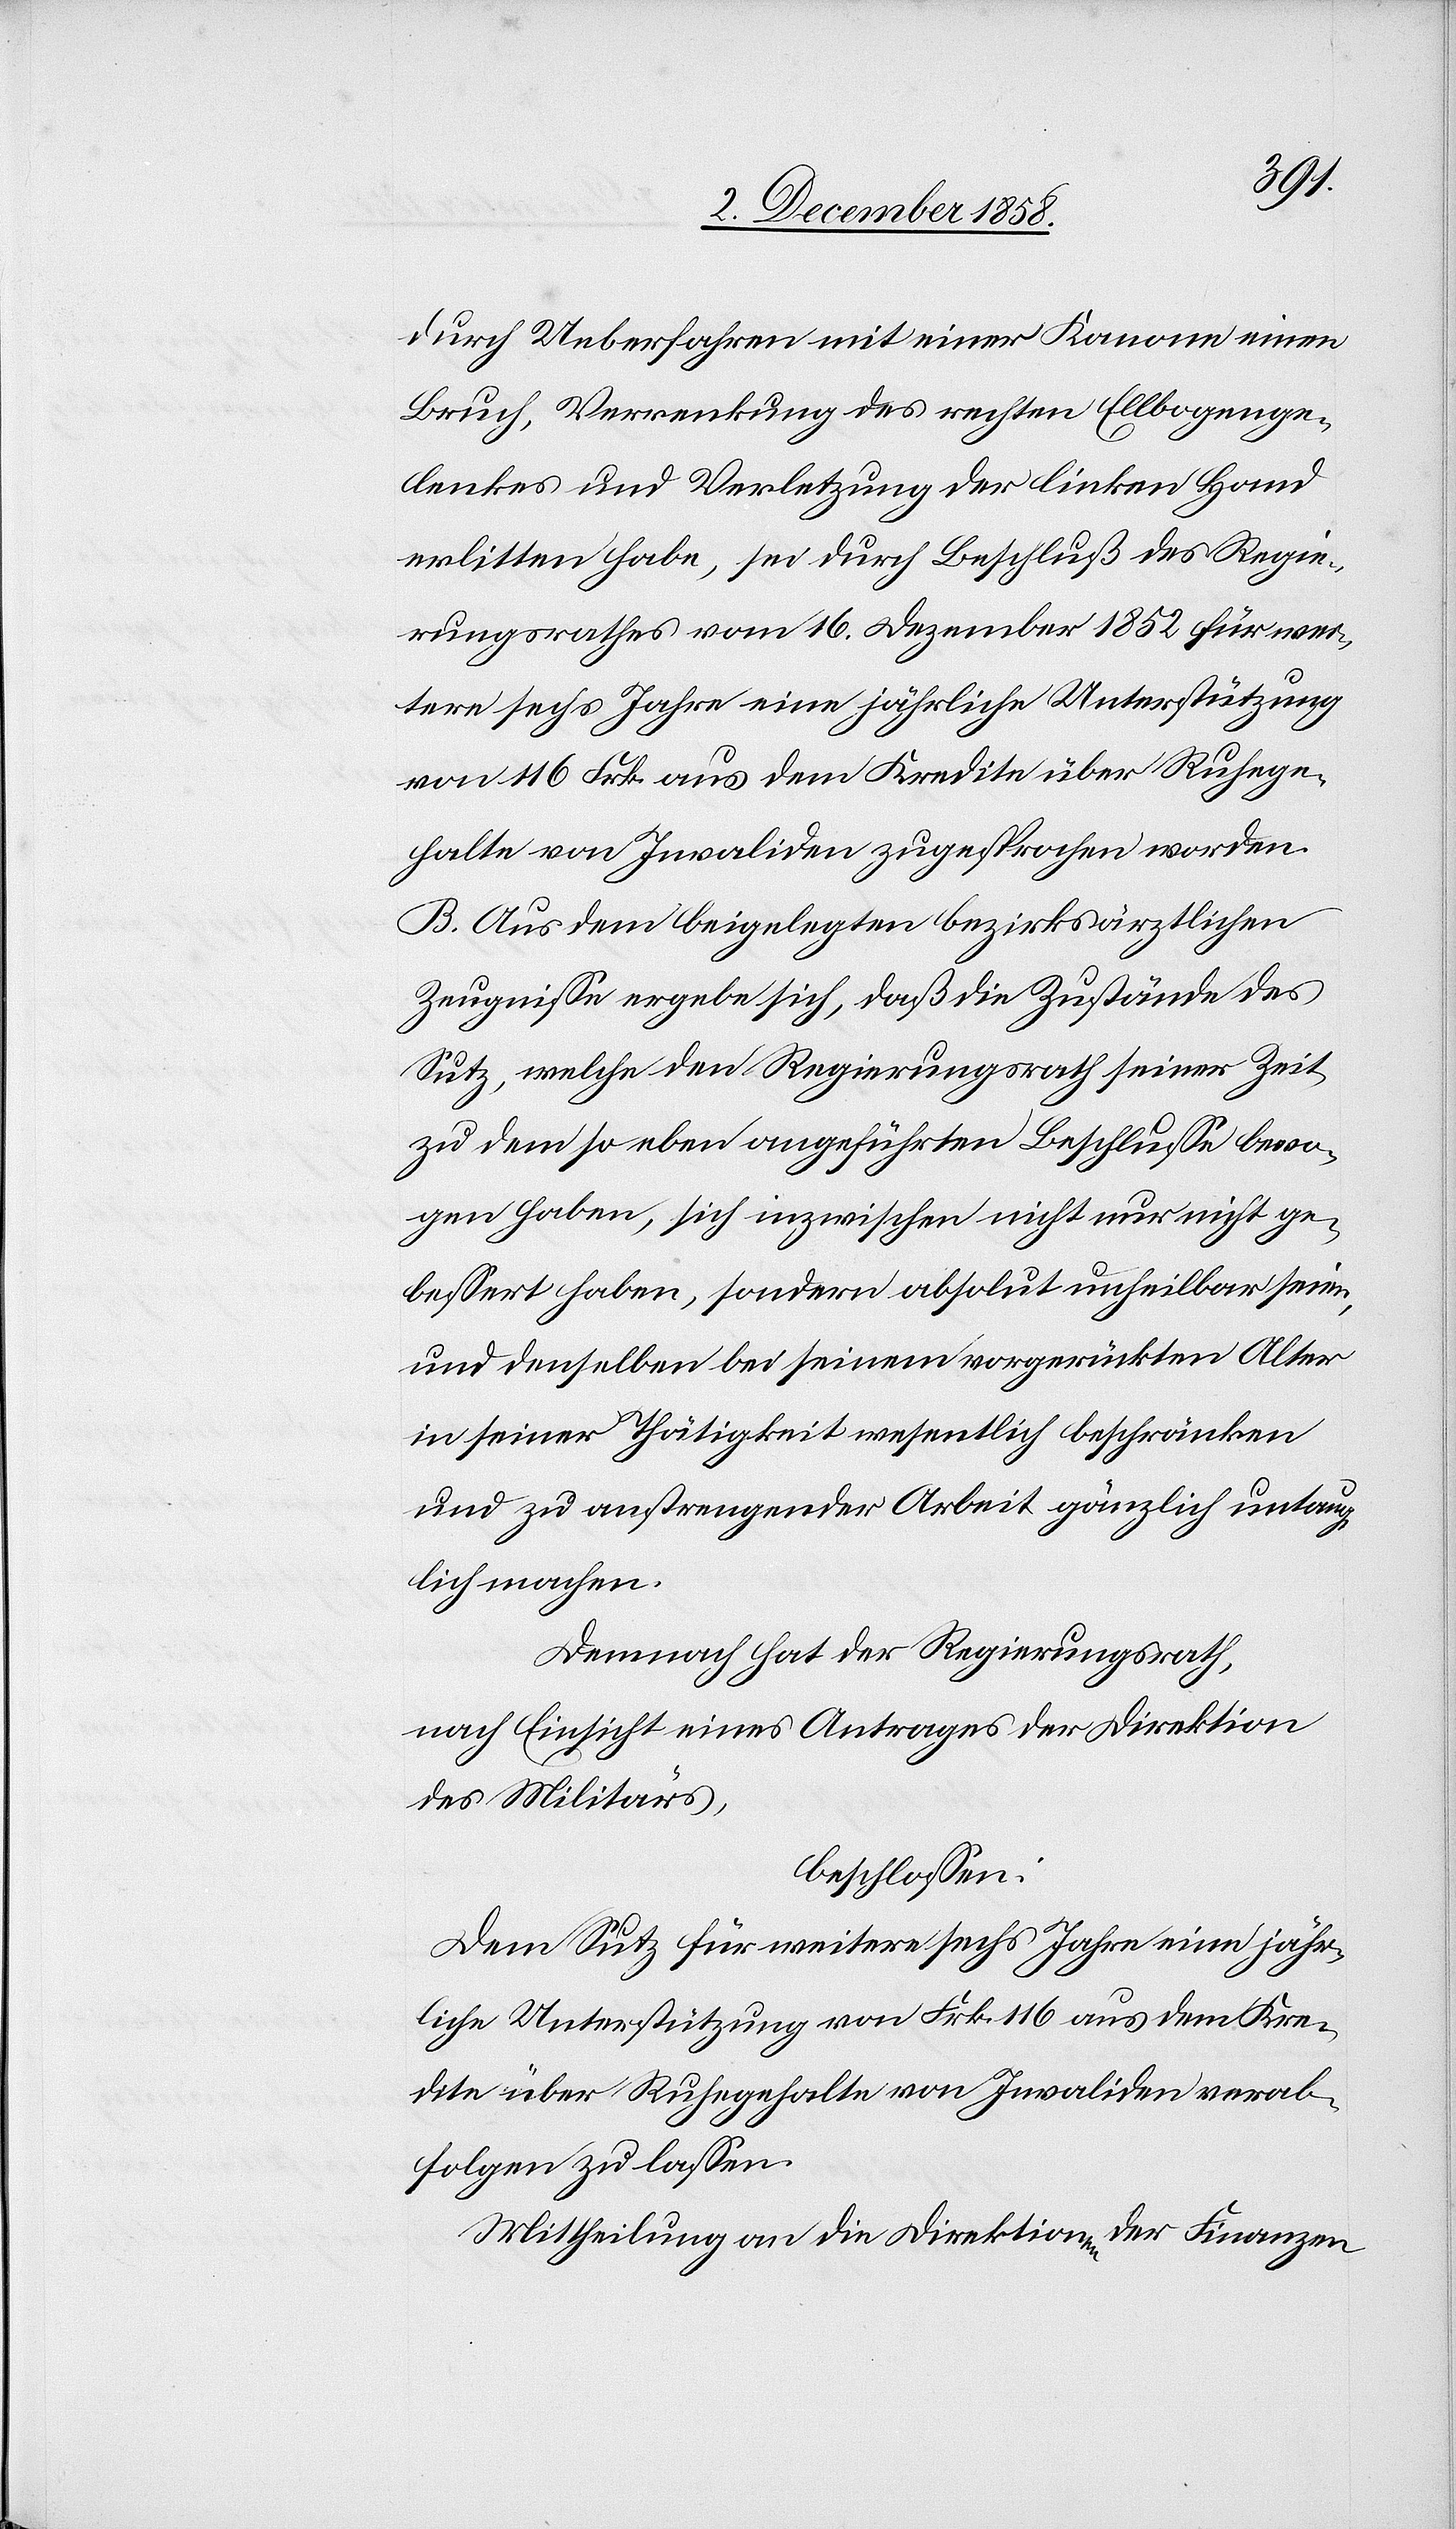
durch Ueberfahren mit einer Kanone einen
Bruch, Verrenkung des rechten Ellbogenge¬
lenkes und Verletzung der linken Hand
erlitten habe, sei durch Beschluß des Regie¬
rungsrathes vom 16. Dezember 1852 für wei¬
tere sechs Jahre eine jährliche Unterstützung
von 116 Frk. aus dem Kredite über Ruhege¬
halte von Invaliden zugesprochen worden.
B. Aus dem beigelegten bezirksärztlichen
Zeugnisse ergebe sich, daß die Zustände des
Sutz, welche den Regierungsrath seiner Zeit
zu dem so eben angeführten Beschlusse bewo¬
gen haben, sich inzwischen nicht nur nicht ge¬
bessert haben, sondern absolut unheilbar seien,
und denselben bei seinem vorgerückten Alter
in seiner Thätigkeit wesentlich beschränken
und zu anstrengender Arbeit gänzlich untaug¬
lich machen.
Demnach hat der Regierungsrath,
nach Einsicht eines Antrages der Direktion
des Militärs,
beschlossen:
Dem Sutz für weitere sechs Jahre eine jähr¬
liche Unterstützung von Frk. 116 aus dem Kre¬
dite über Ruhegehalte von Invaliden verab¬
folgen zu lassen.
Mittheilung an die Direktionen der Finanzen